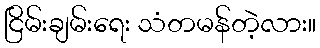
ငြိမ်းချမ်းရေး သံတမန်တဲ့လား။